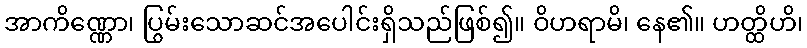
အာကိဏ္ဏော၊ ပြွမ်းသောဆင်အပေါင်းရှိသည်ဖြစ်၍။ ဝိဟရာမိ၊ နေ၏။ ဟတ္ထိဟိ၊